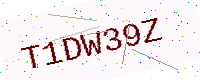
Text: T1DW39Z